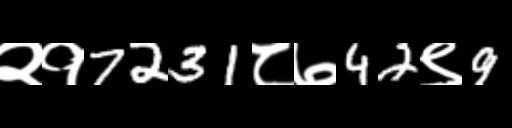
Text: २१7231८७42९9